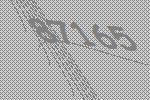
87165